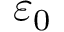
\varepsilon _ { 0 }